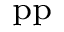
_ \mathrm { p p }